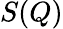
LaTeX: S(Q)